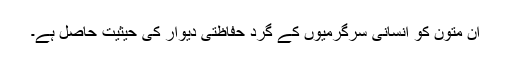
ان متون کو انسانی سرگرمیوں کے گرد حفاظتی دیوار کی حیثیت حاصل ہے۔